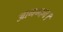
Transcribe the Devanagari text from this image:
आनन्दन।